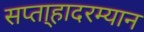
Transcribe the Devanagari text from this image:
सप्ता्हादरम्यान